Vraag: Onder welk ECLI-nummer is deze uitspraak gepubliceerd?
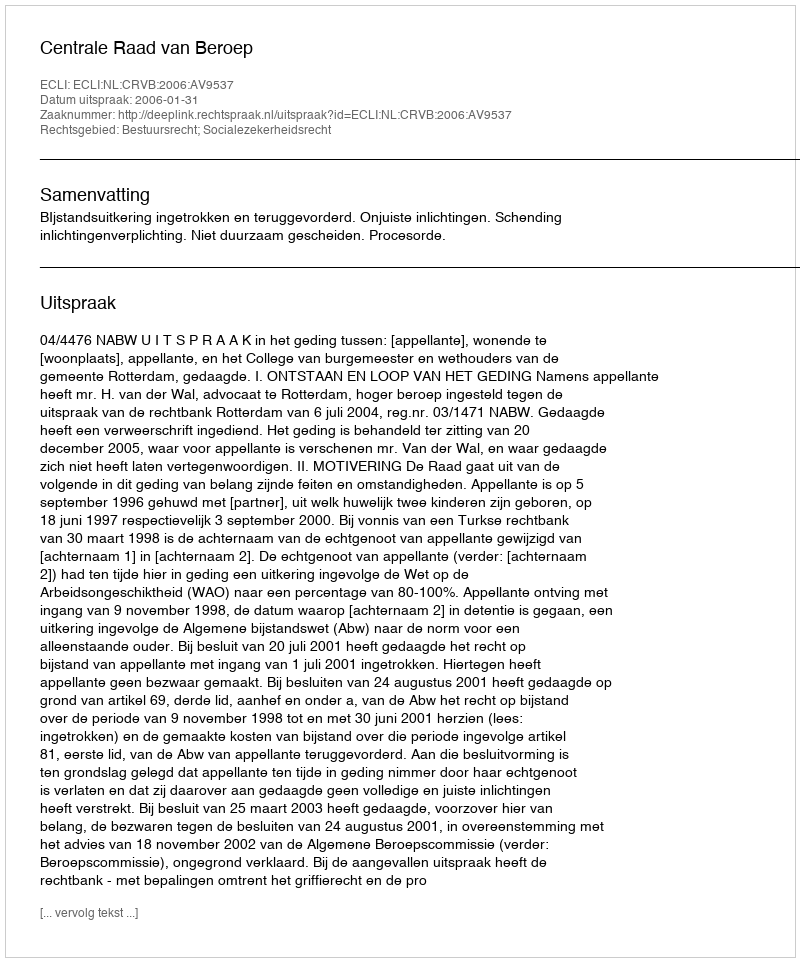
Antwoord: ECLI:NL:CRVB:2006:AV9537